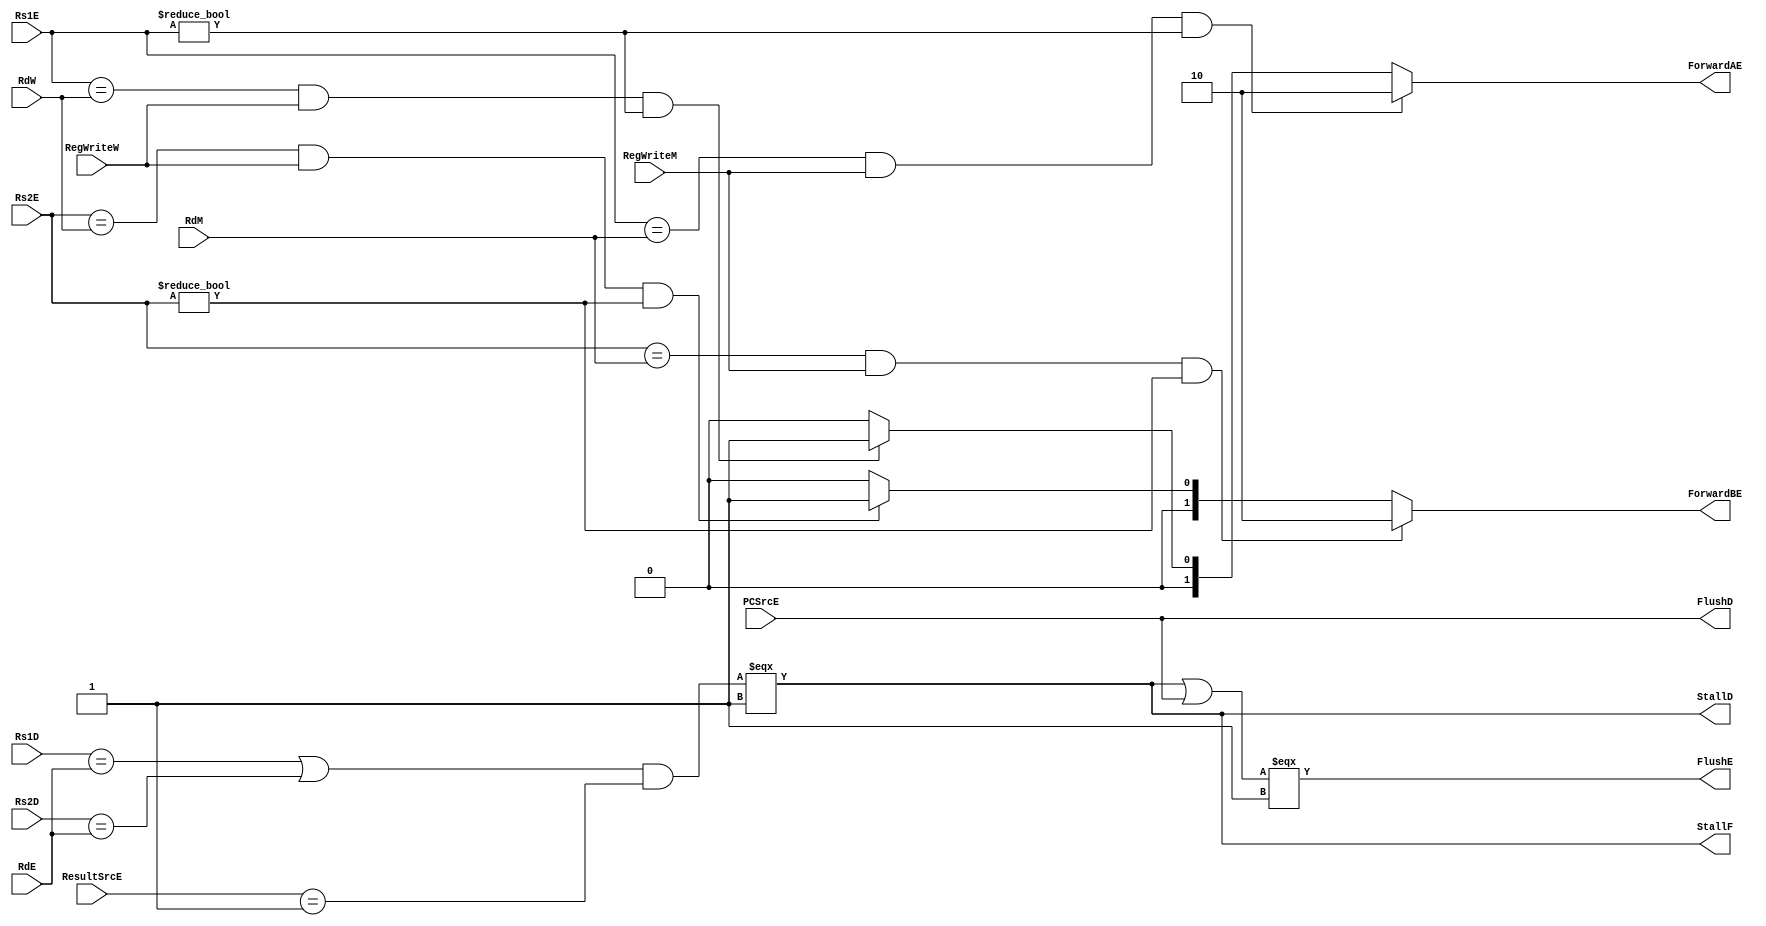
module HazardUnit (
    input RegWriteM, RegWriteW, PCSrcE,
    input [1:0] ResultSrcE,
    input [4:0] Rs1D, Rs2D, Rs1E, Rs2E, RdE, RdM, RdW,

    output StallF, StallD, FlushD, FlushE,
    output reg [1:0] ForwardAE, ForwardBE
);
    wire lwStall;
    assign lwStall = (((Rs1D == RdE) | (Rs2D == RdE)) & (ResultSrcE == 2'b01)) === 1'b1;
    assign StallF = lwStall;
    assign StallD = lwStall;
    assign FlushD = PCSrcE;
    assign FlushE = (lwStall | PCSrcE) === 1'b1;
    
    always @(*) begin
        if((Rs1E == RdM) & (RegWriteM == 1) & (Rs1E != 5'b0))
            ForwardAE = 2'b10;
        else if((Rs1E == RdW) & (RegWriteW == 1) & (Rs1E != 5'b0))
            ForwardAE = 2'b01;
        else
            ForwardAE = 2'b00;

        if((Rs2E == RdM) & (RegWriteM == 1) & (Rs2E != 5'b0))
            ForwardBE = 2'b10;
        else if((Rs2E == RdW) & (RegWriteW == 1) & (Rs2E != 5'b0))
            ForwardBE = 2'b01;
        else
            ForwardBE = 2'b00;

        
    end
endmodule